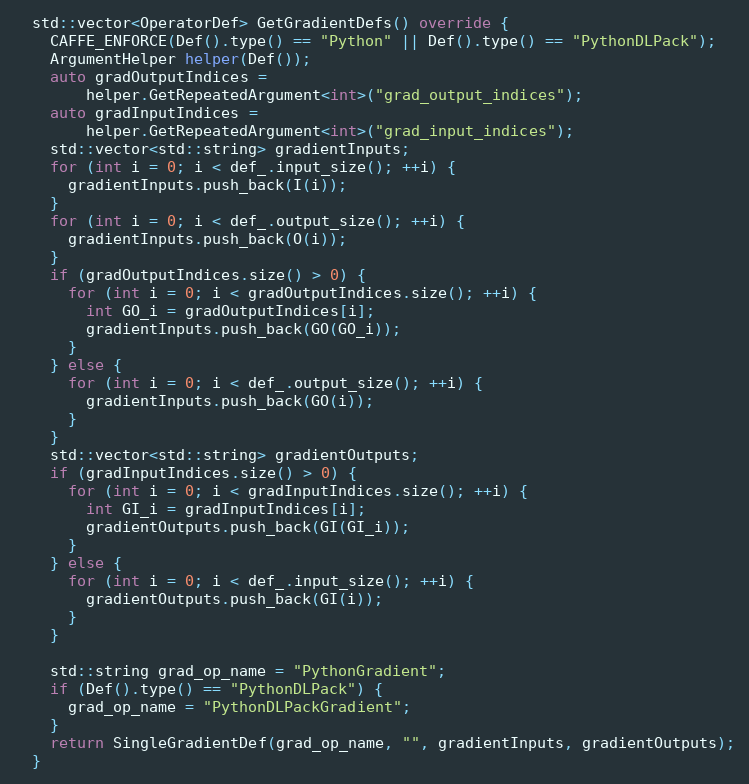
Language: C++
  std::vector<OperatorDef> GetGradientDefs() override {
    CAFFE_ENFORCE(Def().type() == "Python" || Def().type() == "PythonDLPack");
    ArgumentHelper helper(Def());
    auto gradOutputIndices =
        helper.GetRepeatedArgument<int>("grad_output_indices");
    auto gradInputIndices =
        helper.GetRepeatedArgument<int>("grad_input_indices");
    std::vector<std::string> gradientInputs;
    for (int i = 0; i < def_.input_size(); ++i) {
      gradientInputs.push_back(I(i));
    }
    for (int i = 0; i < def_.output_size(); ++i) {
      gradientInputs.push_back(O(i));
    }
    if (gradOutputIndices.size() > 0) {
      for (int i = 0; i < gradOutputIndices.size(); ++i) {
        int GO_i = gradOutputIndices[i];
        gradientInputs.push_back(GO(GO_i));
      }
    } else {
      for (int i = 0; i < def_.output_size(); ++i) {
        gradientInputs.push_back(GO(i));
      }
    }
    std::vector<std::string> gradientOutputs;
    if (gradInputIndices.size() > 0) {
      for (int i = 0; i < gradInputIndices.size(); ++i) {
        int GI_i = gradInputIndices[i];
        gradientOutputs.push_back(GI(GI_i));
      }
    } else {
      for (int i = 0; i < def_.input_size(); ++i) {
        gradientOutputs.push_back(GI(i));
      }
    }

    std::string grad_op_name = "PythonGradient";
    if (Def().type() == "PythonDLPack") {
      grad_op_name = "PythonDLPackGradient";
    }
    return SingleGradientDef(grad_op_name, "", gradientInputs, gradientOutputs);
  }